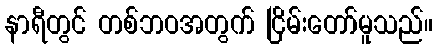
နာရီတွင် တစ်ဘဝအတွက် ငြိမ်းတော်မူသည်။